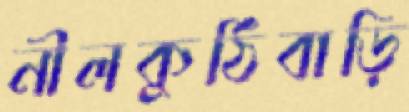
নীলকুঠিবাড়ি